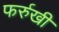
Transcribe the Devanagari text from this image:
फर्रुखी